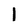
Character: 1